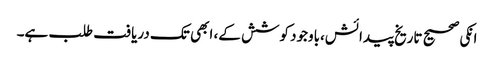
انکی صحیح تاریخ پیدائش،باوجود کوشش کے، ابھی تک دریافت طلب ہے۔